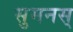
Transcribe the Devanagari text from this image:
सुमनस्